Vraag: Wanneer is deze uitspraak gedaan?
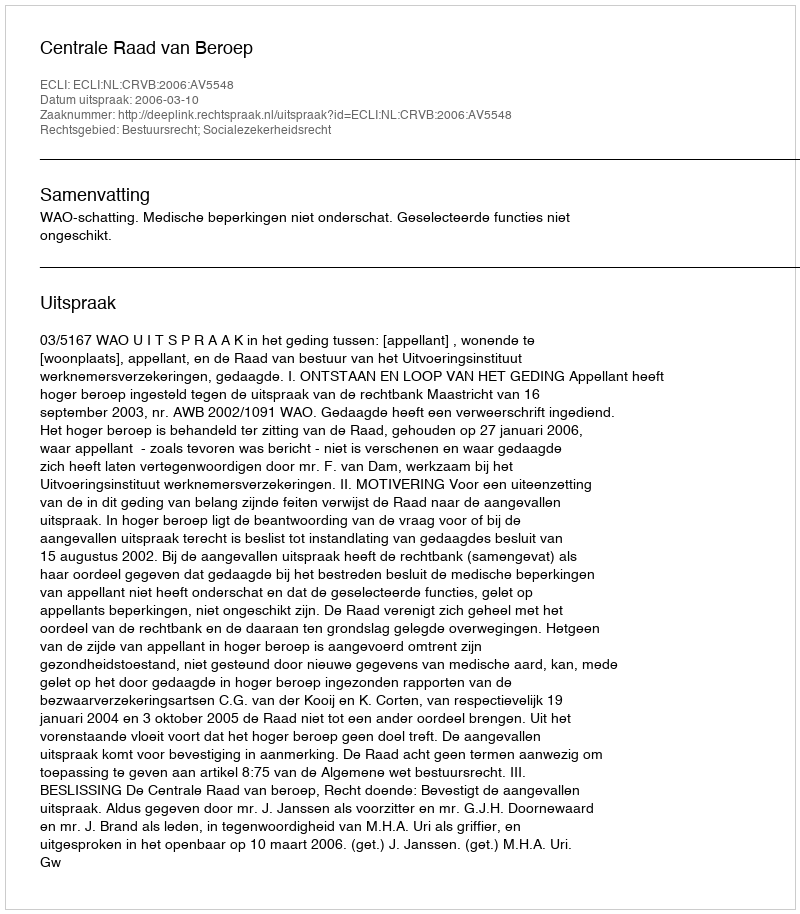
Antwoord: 2006-03-10